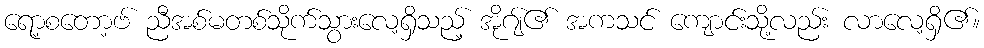
ရော့စတော့ဗ် ညီအစ်မတစ်သိုက်သွားလေ့ရှိသည့် အိုဂျ်၏ အကသင် ကျောင်းသို့လည်း လာလေ့ရှိ၏။